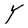
Character: Y